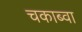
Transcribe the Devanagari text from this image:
चकाब्वा